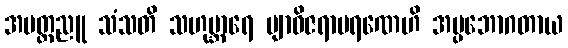
အမတ္တညူ သံသတိ သဟုဗ္ဘာရေ ဗျာဓိဇရာမရဏေဟိ အပ္ပဘောဂတာယ